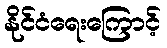
နိုင်ငံရေးကြောင့်